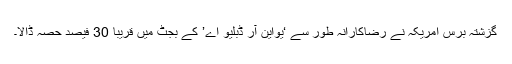
گزشتہ برس امریکہ نے رضاکارانہ طور سے ‘یواین آر ڈبلیو اے’ کے بجٹ میں قریباً 30 فیصد حصہ ڈالا۔